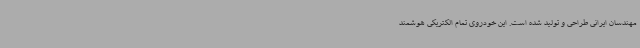
مهندسان ایرانی طراحی و تولید شده است. این خودروی تمام الکتریکی هوشمند